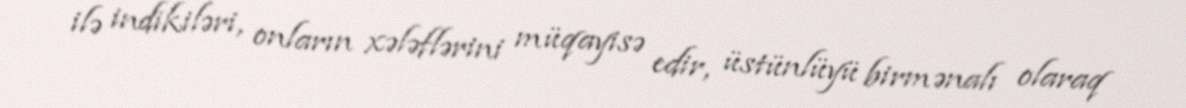
ilə indikiləri, onların xələflərini müqayisə edir, üstünlüyü birmənalı olaraq